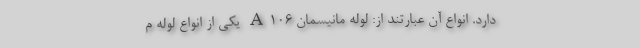
دارد. انواع آن عبارتند از: لوله مانیسمان A106 یکی از انواع لوله م